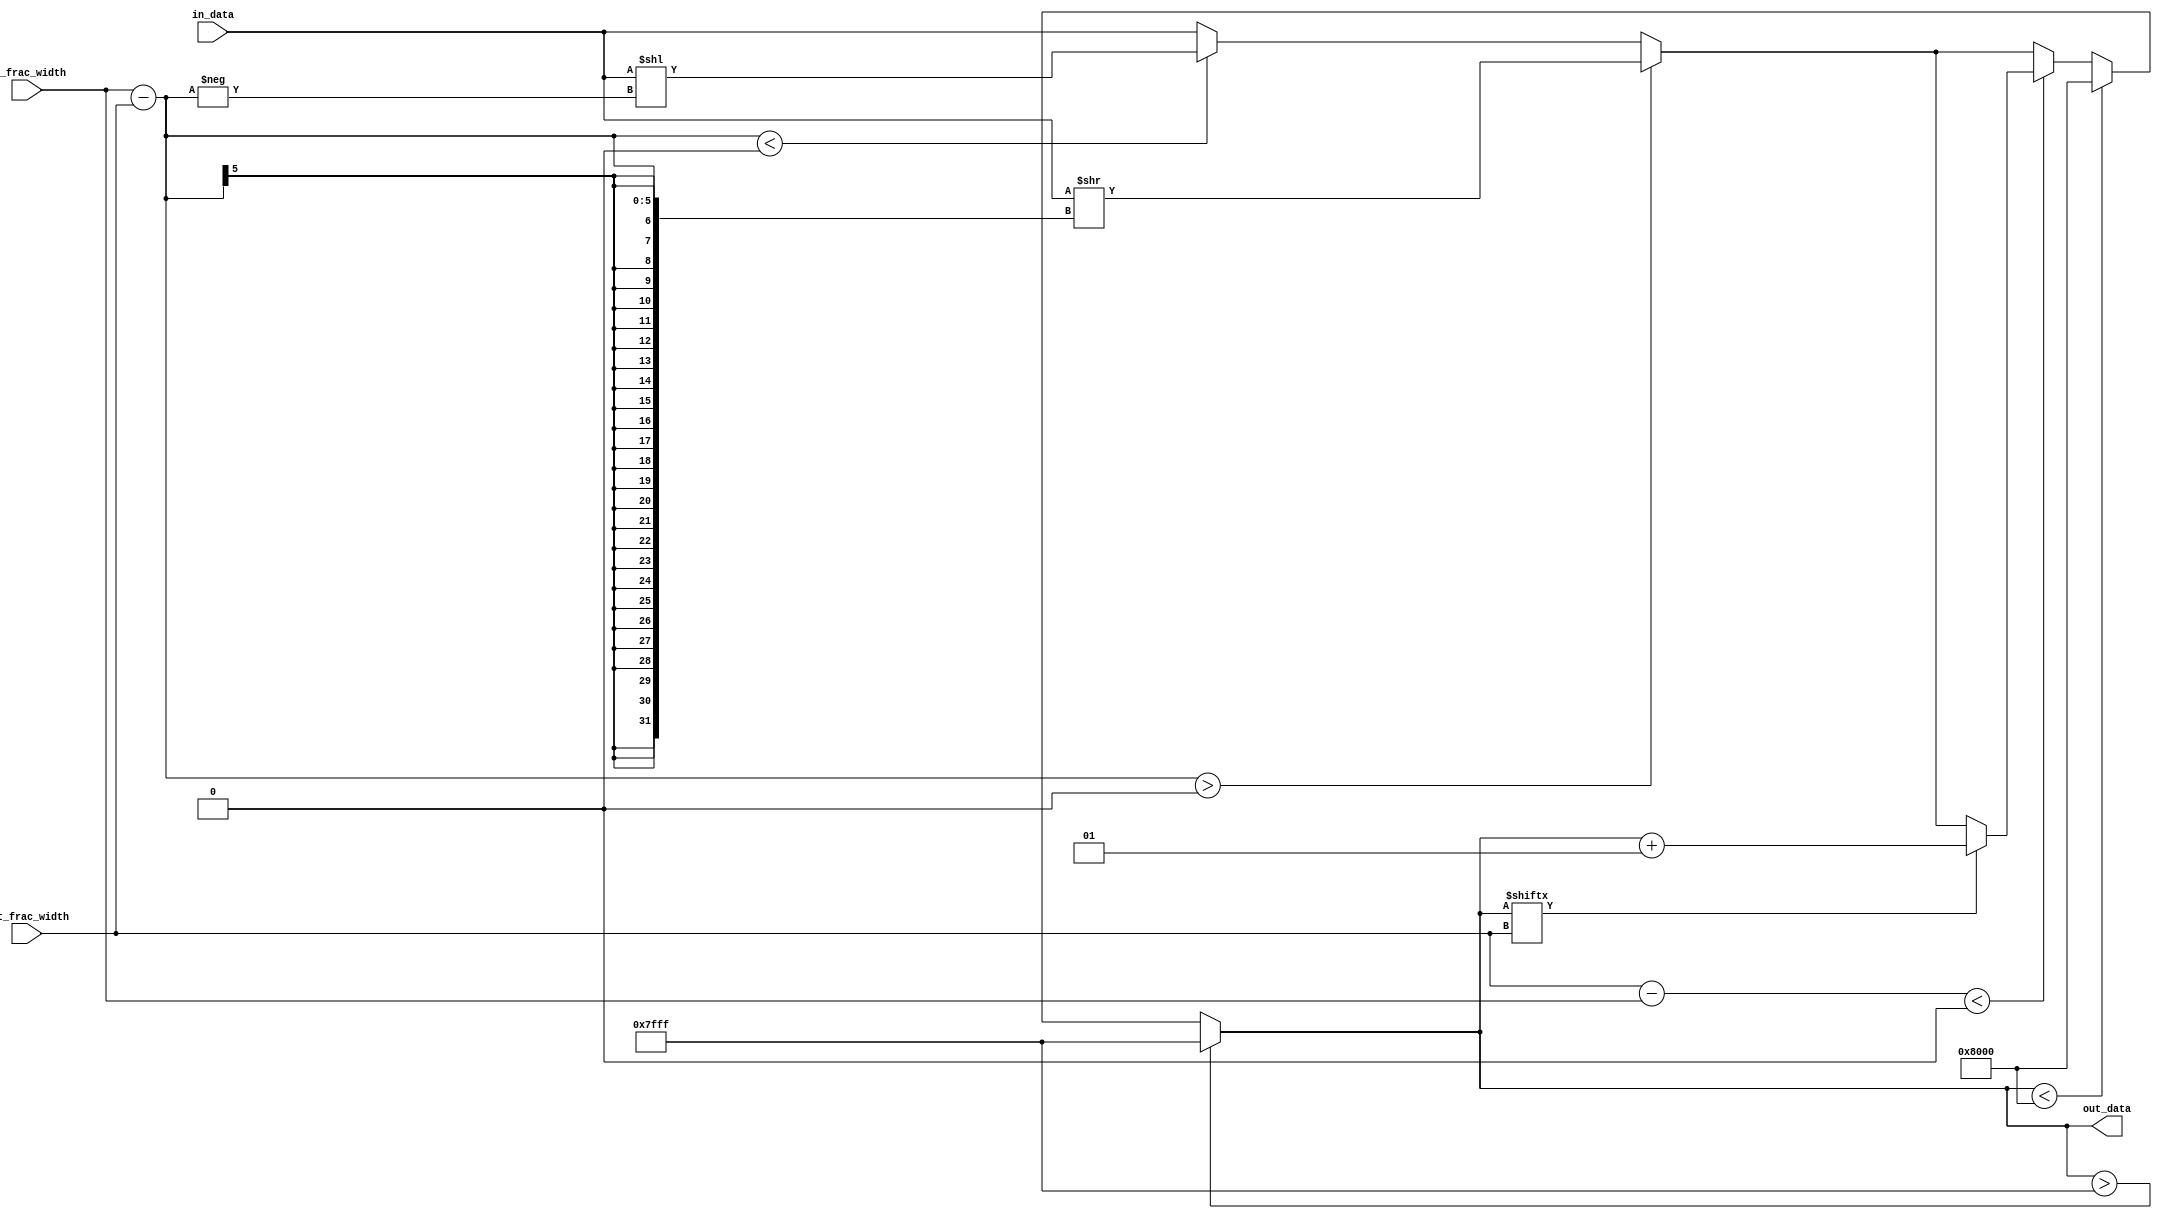
module fixed_point_converter (
    input wire signed [15:0] in_data, // Input fixed-point number
    input wire [4:0] in_frac_width, // Input fractional bit width
    input wire [4:0] out_frac_width, // Output fractional bit width
    output reg signed [15:0] out_data // Output fixed-point number
    );

    integer integer_diff;
    integer frac_diff;
    integer shift_count;

    initial begin
        integer_diff = in_frac_width - out_frac_width;
        frac_diff = out_frac_width - in_frac_width;

        if (integer_diff > 0) begin // Shift right
            shift_count = integer_diff;
            out_data <= in_data >> shift_count;
        end
        else if (integer_diff < 0) begin // Shift left
            shift_count = -integer_diff;
            out_data <= in_data << shift_count;
        end
        else begin // No shift
            out_data <= in_data;
        end

        if (frac_diff < 0) begin // Round output
            if (out_data[out_frac_width]) begin
                out_data <= out_data + 1;
            end
        end

        if (out_data > 32767) begin // Handle overflow
            out_data <= 32767;
        end
        else if (out_data < -32768) begin // Handle underflow
            out_data <= -32768;
        end
    end

endmodule